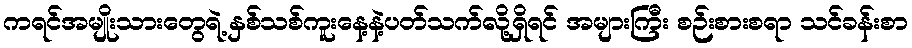
ကရင်အမျိုးသားတွေရဲ့ နှစ်သစ်ကူးနေ့နဲ့ပတ်သက်လို့ရှိရင် အများကြီး စဉ်းစားစရာ သင်ခန်းစာ